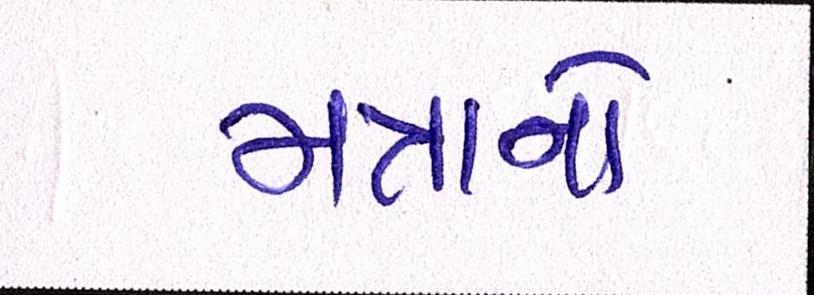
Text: મન્નાને